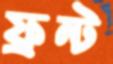
ফ্রন্ট